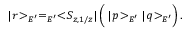
| r \! > _ { E ^ { \prime } } = _ { E ^ { \prime } } < \! S _ { z , 1 / z } | \left( \frac { } { } | p \! > _ { E ^ { \prime } } | q \! > _ { E ^ { \prime } } \right) .